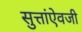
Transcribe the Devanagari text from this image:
सुत्तांऐवजी